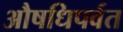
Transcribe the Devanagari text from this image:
औषधिपर्वत